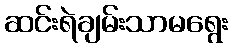
ဆင်းရဲချမ်းသာမရွေး